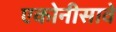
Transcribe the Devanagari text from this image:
एकोनीसावे